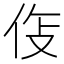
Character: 𫢛